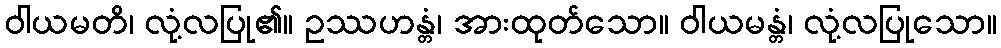
ဝါယမတိ၊ လုံ့လပြု၏။ ဥဿဟန္တံ၊ အားထုတ်သော။ ဝါယမန္တံ၊ လုံ့လပြုသော။